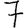
Digit: 7